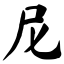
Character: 尼